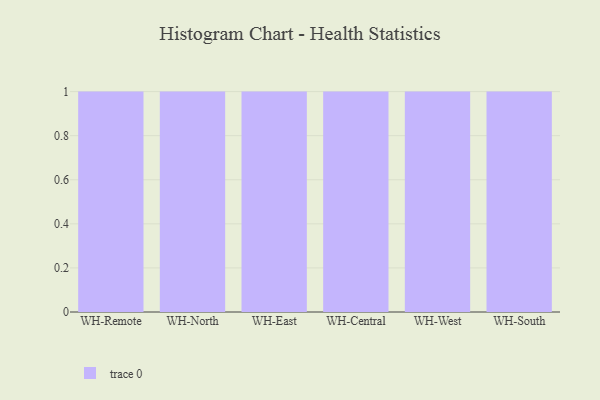
{"axis": {"x": "Warehouse", "y": "Page Views"}, "legend": [""], "data": [{"x": "WH-Remote", "y": 83, "type": ""}, {"x": "WH-North", "y": 79, "type": ""}, {"x": "WH-East", "y": 77, "type": ""}, {"x": "WH-Central", "y": 60, "type": ""}, {"x": "WH-West", "y": 93, "type": ""}, {"x": "WH-South", "y": 42, "type": ""}]}